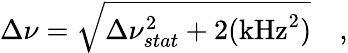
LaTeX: \Delta\nu=\sqrt{\Delta\nu_{stat}^{2}+2(\mathrm{{kHz}}^{2})}\quad,